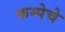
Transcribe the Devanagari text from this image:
कम्पेचे